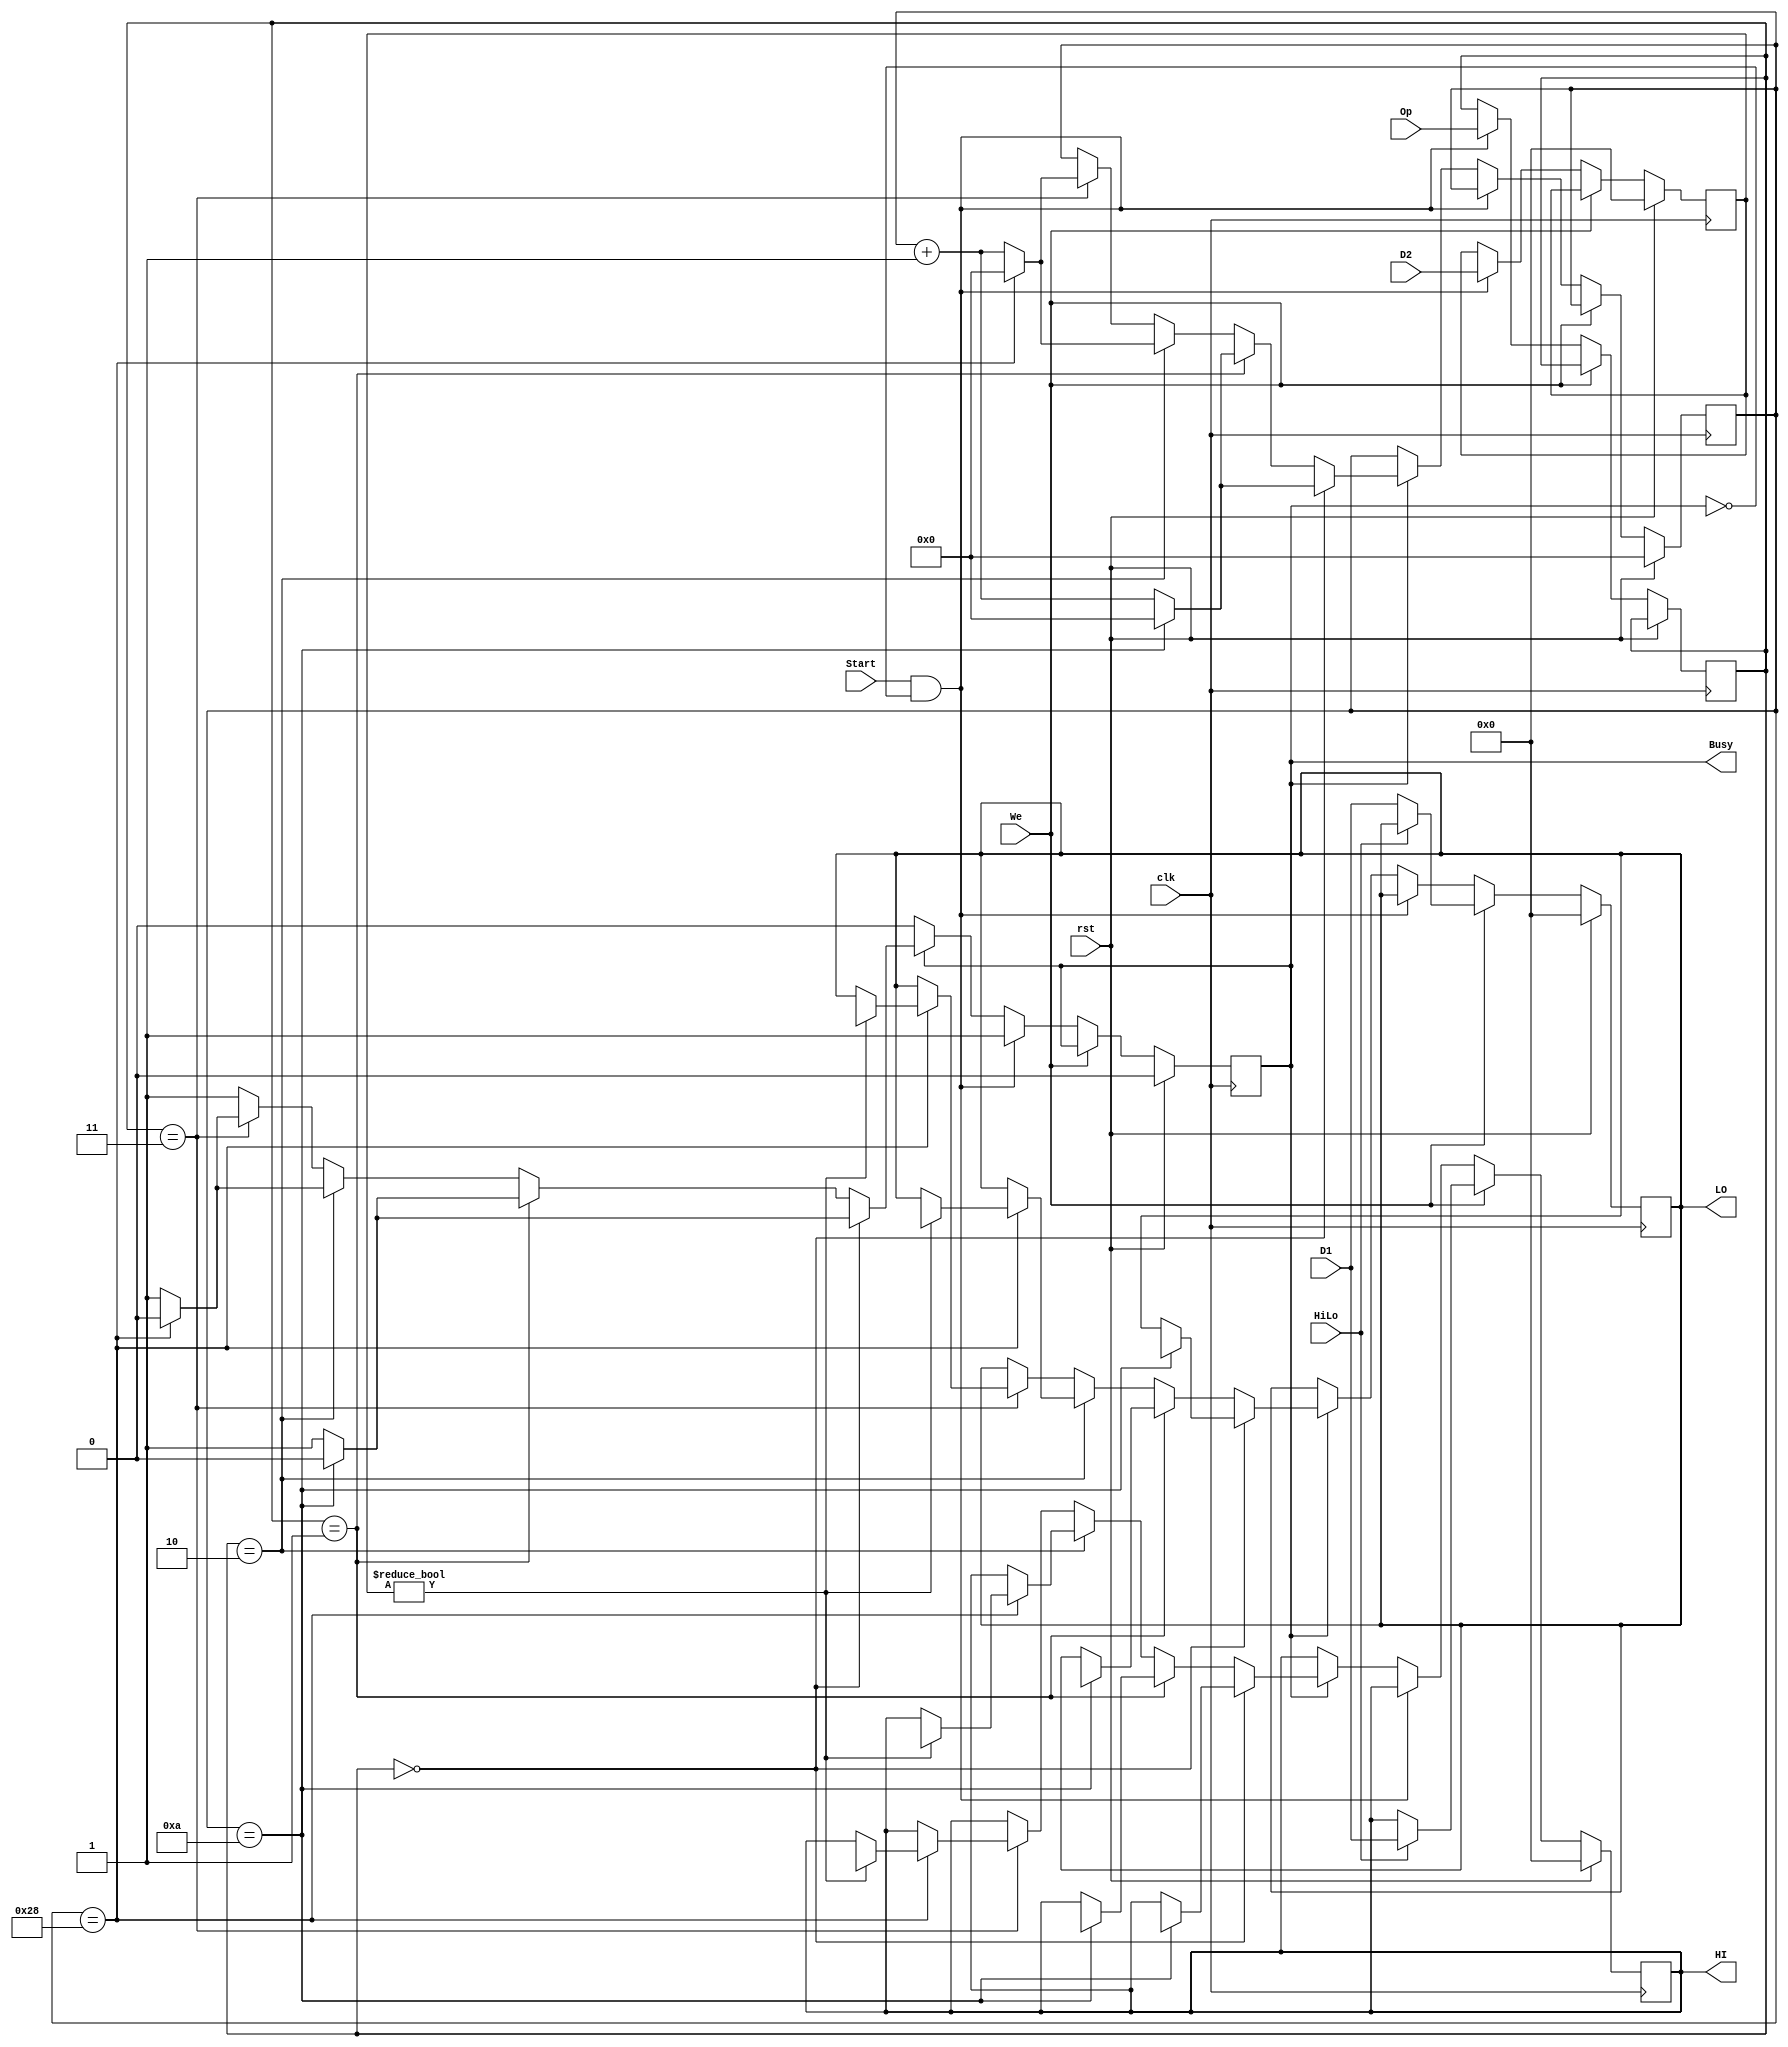
`timescale 1ns / 1ps
//////////////////////////////////////////////////////////////////////////////////
// Company: 
// Engineer: 
// 
// Design Name: 
// Module Name:    test 
// Project Name: 
// Target Devices: 
// Tool versions: 
// Description: 
//
// Dependencies: 
//
// Revision: 
// Revision 0.01 - File Created
// Additional Comments: 
//
//////////////////////////////////////////////////////////////////////////////////
module MULandDIV(/*autoport*/
//output
			Busy,
			HI,
			LO,
//input
			clk,
			rst,
			D1,
			D2,
			HiLo,
			Op,
			Start,
			We);
	input clk,rst;
	input [31:0] D1,D2;
	input HiLo;
	input [1:0] Op;
	input Start;
	input We;
	output reg Busy;
	output reg [31:0] HI,LO;

	reg [31:0] SrcA,SrcB;
	reg [5:0] count;
	reg [1:0] OpReg;

	wire [63:0] SignedMulTemp,UnsignedMulTemp;
	wire [31:0] SignedDivTempQ,SignedDivTempR;
	wire [31:0] UnsignedDivTempQ,UnsignedDivTempR;

	/*SignedMul SignedMul(.clk(clk),.a(SrcA),.b(SrcB),.p(SignedMulTemp));
	UnsignedMul UnsignedMul(.clk(clk),.a(SrcA),.b(SrcB),.p(UnsignedMulTemp));
	SignedDiv SignedDiv(.clk(clk),.dividend(SrcA),.divisor(SrcB),
						.quotient(SignedDivTempQ),.fractional(SignedDivTempR));
	UnsignedDiv UnsignedDiv(.clk(clk),.dividend(SrcA),.divisor(SrcB),
						.quotient(UnsignedDivTempQ),.fractional(UnsignedDivTempR));*/

	always@(posedge clk)
		begin
			if(rst)
				begin 
					HI<=32'b0;
					LO<=32'b0;
					Busy<=1'b0;
					count<=4'b0;
					SrcA<=0;
					SrcB<=0;
				end
			else if(We)
				begin
					if(HiLo)
						HI<=D1;
					else
						LO<=D1;
				end
			else if(Start==1'b1 && Busy==1'b0)
				begin
					SrcA<=D1;
					SrcB<=D2;				
					Busy<=1'b1;
					OpReg<=Op;
				end
			else if(Busy==1'b1)
				begin
					if(OpReg==2'b00)
						begin
							if(count==6'd10)
								begin
									{HI,LO}<=UnsignedMulTemp;						
									count<=4'b0;
									Busy<=1'b0;
								end
							else 
								count<=count+1;
						end
					else if(OpReg==2'b01)
						begin
							if(count==6'd10)
								begin
									{HI,LO}<=SignedMulTemp;						
									count<=4'b0;
									Busy<=1'b0;
								end
							else 
								count<=count+1;
						end						
					else if(OpReg==2'b10)
						begin
							if(count==6'd40)
								begin
									if(SrcB!=32'b0)
										begin
											HI<=UnsignedDivTempR;
											LO<=UnsignedDivTempQ;
										end									
									count<=4'b0;
									Busy<=1'b0;
								end
							else 
								count<=count+1;
						end
					else if(OpReg==2'b11)
						begin
							if(count==6'd40)
								begin
									if(SrcB!=32'b0)
										begin
											HI<=SignedDivTempR;
											LO<=SignedDivTempQ;
										end								
									count<=4'b0;
									Busy<=1'b0;
								end
							else 
								count<=count+1;
						end	
				end
		end

endmodule